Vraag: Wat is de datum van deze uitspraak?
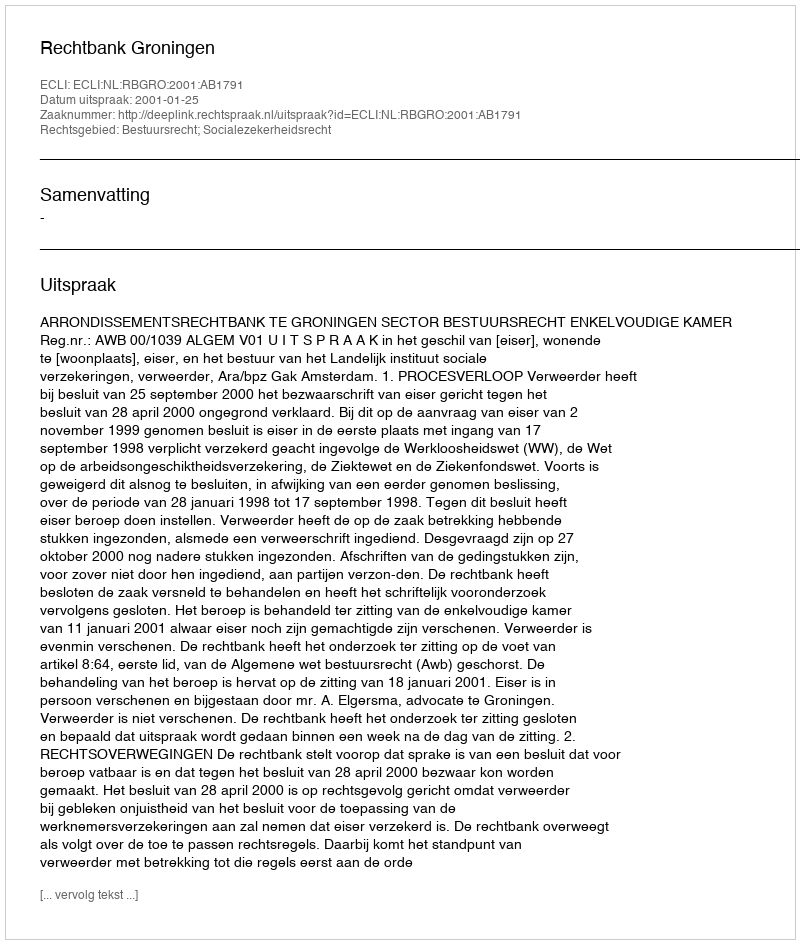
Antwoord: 2001-01-25